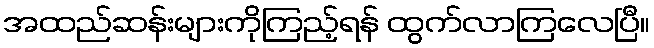
အထည်ဆန်းများကိုကြည့်ရန် ထွက်လာကြလေပြီ။